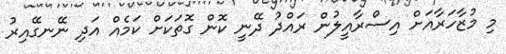
މި މުޒާހަރާއަށް އިސްރާއީލުން ރައްދު ދޭނީ ކޮން ގޮތަކަށް ކަމެއް އަދި ނޭނގޭއިރު